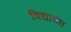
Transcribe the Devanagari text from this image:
विद्यावंत